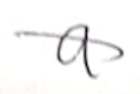
Text: a
Cross-out: diagonal
Writing tool: pencil